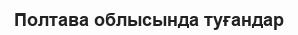
Полтава облысында туғандар